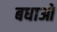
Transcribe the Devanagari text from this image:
बधाओ